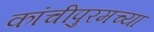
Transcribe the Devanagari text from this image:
कांचीपुरमच्या